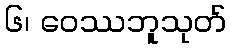
၆၊ ဝေဿဘူသုတ်